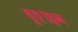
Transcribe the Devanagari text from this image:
हुए।इन